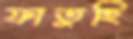
ফাতুহি